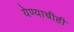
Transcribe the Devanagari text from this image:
येण्याचीही